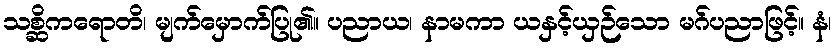
သစ္ဆိကရောတိ၊ မျက်မှောက်ပြု၏။ ပညာယ၊ နာမကာ ယနှင့်ယှဉ်သော မဂ်ပညာဖြင့်။ နံ၊